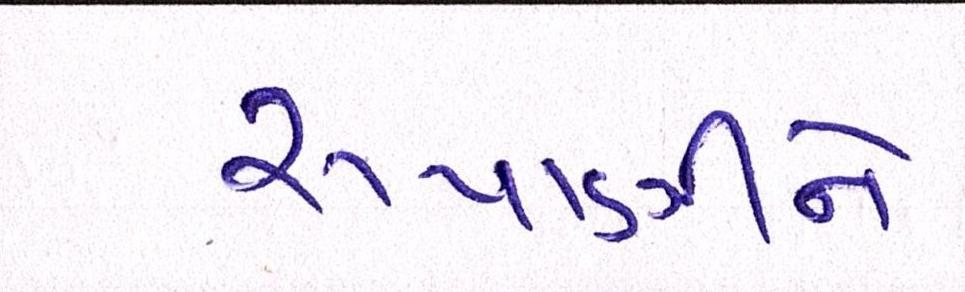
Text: રૂપાણીને